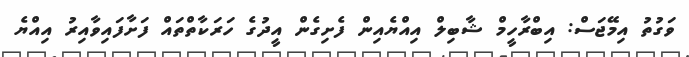
ވަގުތު އިމޭޖަސް: އިބްރާހީމް ޝާބިލް އިއްޔެއިން ފެށިގެން އީދުގެ ހަރަކާތްތައް ފަށާފައިވާއިރު އިއްޔެ